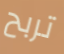
تربح